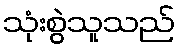
သုံးစွဲသူသည်